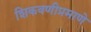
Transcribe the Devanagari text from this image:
शिकवणीप्रमाणे